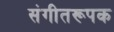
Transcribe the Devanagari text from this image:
संगीतरूपक